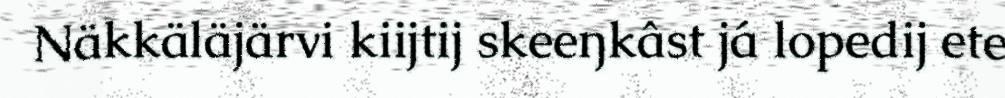
Näkkäläjärvi kiijtij skeeŋkâst já lopedij ete